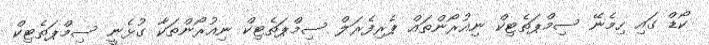
ކޯޑް ގައި ހިމެނޭ ސިމްޕަތެޓިކް ނިއުރޯންތައް ޕެރިފެރަލް ސިމްޕަތެޓިކް ނިއުރޯންތަކާ ގުޅެނީ ސިމްޕަތެޓިކް